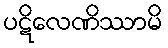
ပဋိလေဏိဿာမိ